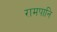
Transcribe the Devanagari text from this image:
रामपानि